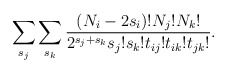
\begin{align*}\sum_{s_j}\sum_{s_k}\frac{(N_i-2s_i)!N_j!N_k!}{2^{s_j+s_k}s_j!s_k! t_{ij}!t_{ik}!t_{jk}!}.\end{align*}